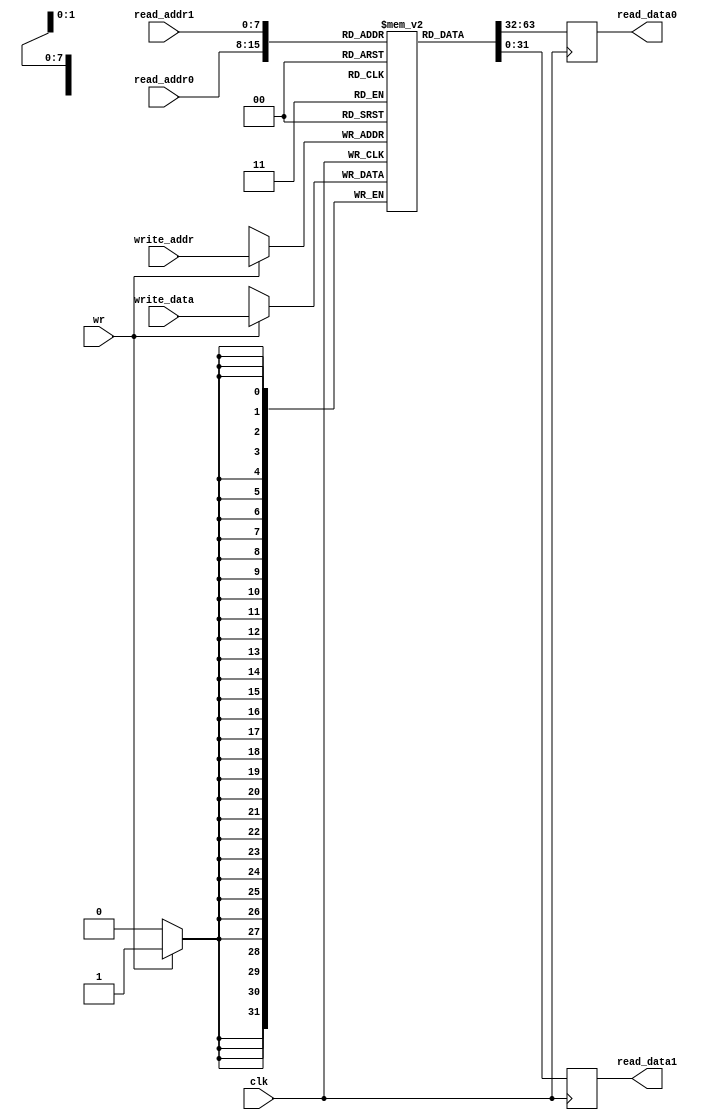
module blockmem2r1w(
                    input wire           clk,

                    input wire  [07 : 0] read_addr0,
                    output wire [31 : 0] read_data0,

                    input wire  [07 : 0] read_addr1,
                    output wire [31 : 0] read_data1,

                    input wire           wr,
                    input wire  [07 : 0] write_addr,
                    input wire  [31 : 0] write_data
                   );

  reg [31 : 0] mem [0 : 255];
  reg [31 : 0] tmp_read_data0;
  reg [31 : 0] tmp_read_data1;

  assign read_data0 = tmp_read_data0;
  assign read_data1 = tmp_read_data1;

  always @ (posedge clk)
    begin : reg_mem
      if (wr)
        mem[write_addr] <= write_data;

      tmp_read_data0 <= mem[read_addr0];
      tmp_read_data1 <= mem[read_addr1];
    end

endmodule